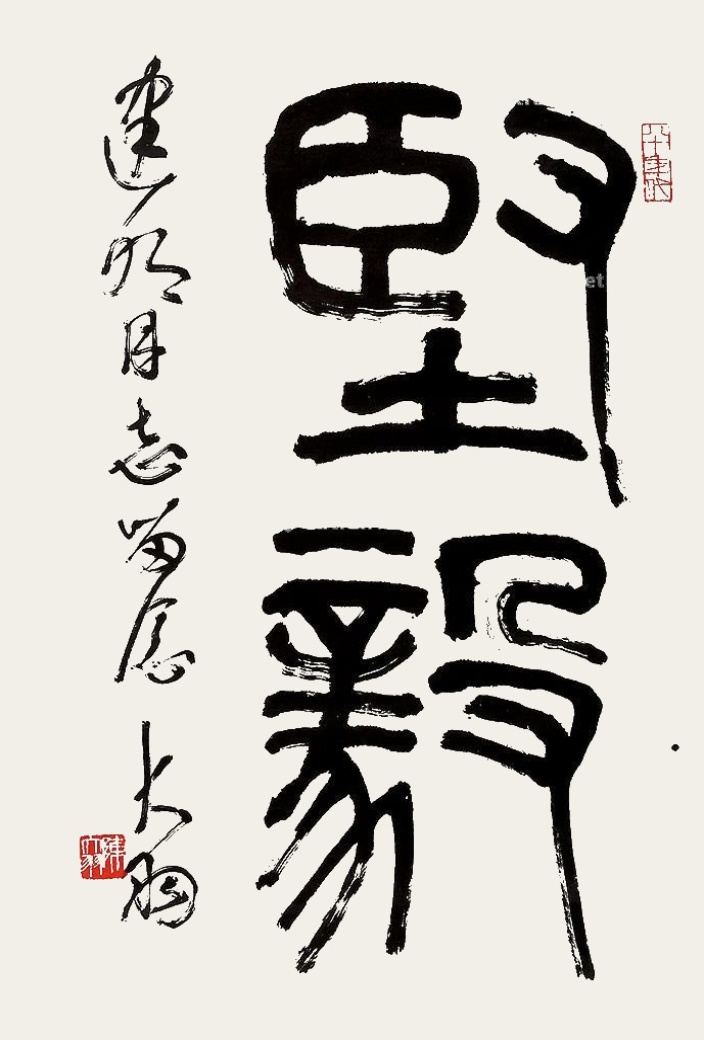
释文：坚毅建明同志留念，大羽。